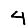
Digit: 4